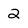
Character: 2